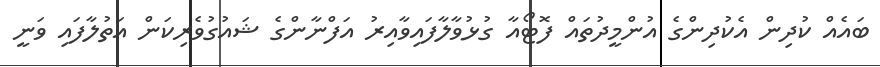
ބައެއް ކުދިން އެކުދިންގެ އުންމީދުތައް ފޮޓޯއާ ގުޅުވާލާފައިވާއިރު އަފްނާންގެ ޝައުގުވެރިކަން އަތުލާފައި ވަނީ